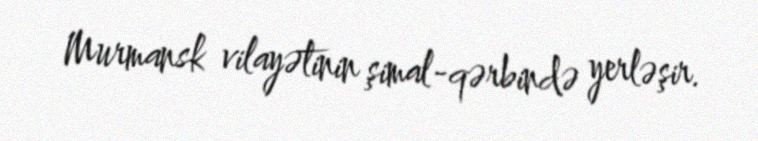
Murmansk vilayətinin şimal-qərbində yerləşir.